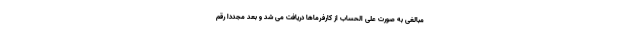
مبالغی به صورت علی الحساب از کارفرماها دریافت می شد و بعد مجددا رقم